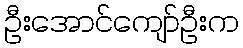
ဦးအောင်ကျော်ဦးက